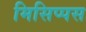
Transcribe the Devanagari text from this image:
मिसिप्पस